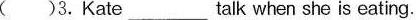
( )3.Kate__talk when she is eating.